Report on vaccination in Madras 1877-1894 - 1877-1894
Year: 1877
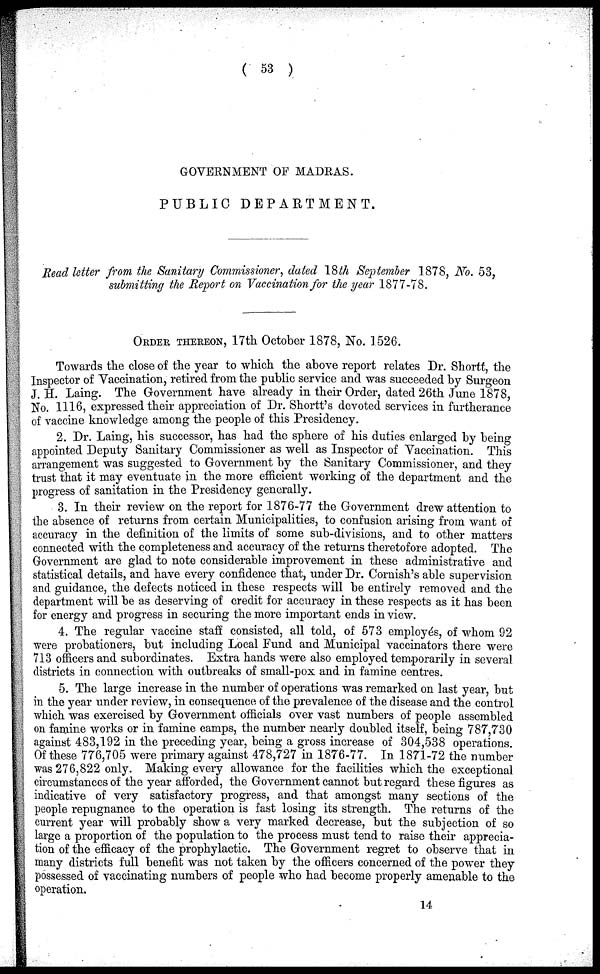
( 53 )
GOVERNMENT OF MADRAS.
PUBLIC DEPARTMENT.
Read letter from the Sanitary Commissioner, dated 18th September 1878, No. 53,
submitting the Report on Vaccination for the year 1877-78.
ORDER THEREON, 17th October 1878, No. 1526.
Towards the close of the year to which the above report relates Dr. Shortt, the
Inspector of Vaccination, retired from the public service and was succeeded by Surgeon
J. H. Laing. The Government have already in their Order, dated 26th June 1878,
No. 1116, expressed their appreciation of Dr. Shortt's devoted services in furtherance
of vaccine knowledge among the people of this Presidency.
2. Dr. Laing, his successor, has had the sphere of his duties enlarged by being
appointed Deputy Sanitary Commissioner as well as Inspector of Vaccination. This
arrangement was suggested to Government by the Sanitary Commissioner, and they
trust that it may eventuate in the more efficient working of the department and the
progress of sanitation in the Presidency generally.
3. In their review on the report for 1876-77 the Government drew attention to
the absence of returns from certain Municipalities, to confusion arising from want of
accuracy in the definition of the limits of some sub-divisions, and to other matters
connected with the completeness and accuracy of the returns theretofore adopted. The
Government are glad to note considerable improvement in these administrative and
statistical details, and have every confidence that, under Dr. Cornish's able supervision
and guidance, the defects noticed in these respects will be entirely removed and the
department will be as deserving of credit for accuracy in these respects as it has been
for energy and progress in securing the more important ends in view.
4. The regular vaccine staff consisted, all told, of 573 employés, of whom 92
were probationers, but including Local Fund and Municipal vaccinators there were
713 officers and subordinates. Extra hands were also employed temporarily in several
districts in connection with outbreaks of small-pox and in famine centres.
5. The large increase in the number of operations was remarked on last year, but
in the year under review, in consequence of the prevalence of the disease and the control
which was exercised by Government officials over vast numbers of people assembled
on famine works or in famine camps, the number nearly doubled itself, being 787,730
against 483,192 in the preceding year, being a gross increase of 304,538 operations.
Of these 776,705 were primary against 478,727 in 1876-77. In 1871-72 the number
was 276,822 only. Making every allowance for the facilities which the exceptional
circumstances of the year afforded, the Government cannot but regard these figures as
indicative of very satisfactory progress, and that amongst many sections of the
people repugnance to the operation is fast losing its strength. The returns of the
current year will probably show a very marked decrease, but the subjection of so
large a proportion of the population to the process must tend to raise their apprecia-
tion of the efficacy of the prophylactic. The Government regret to observe that in
many districts full benefit was not taken by the officers concerned of the power they
possessed of vaccinating numbers of people who had become properly amenable to the
operation.
14